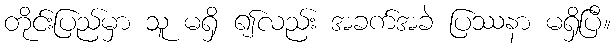
တိုင်းပြည်မှာ သူ မရှိ ၍လည်း အခက်အခဲ ပြဿနာ မရှိပြီ။